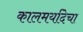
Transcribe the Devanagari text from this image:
कालमर्यादेचा